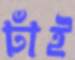
ঢাঁই